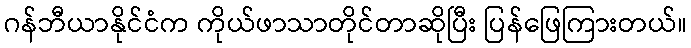
ဂန်ဘီယာနိုင်ငံက ကိုယ်ဖာသာတိုင်တာဆိုပြီး ပြန်ဖြေကြားတယ်။